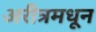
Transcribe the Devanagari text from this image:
अरीत्रमधून